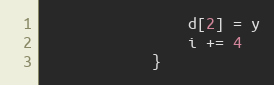
Language: Go
				d[2] = y
				i += 4
			}